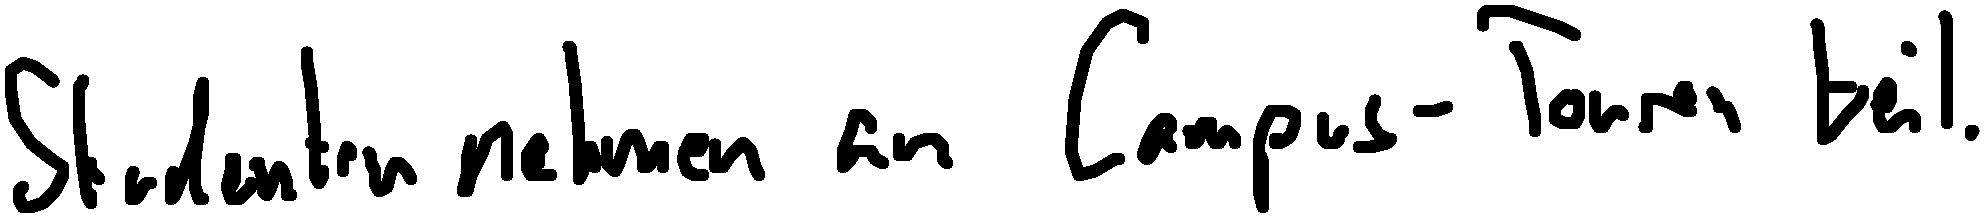
Studenten nehmen an Campus-Touren teil.